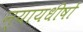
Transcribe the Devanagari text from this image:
न्यायधीषों